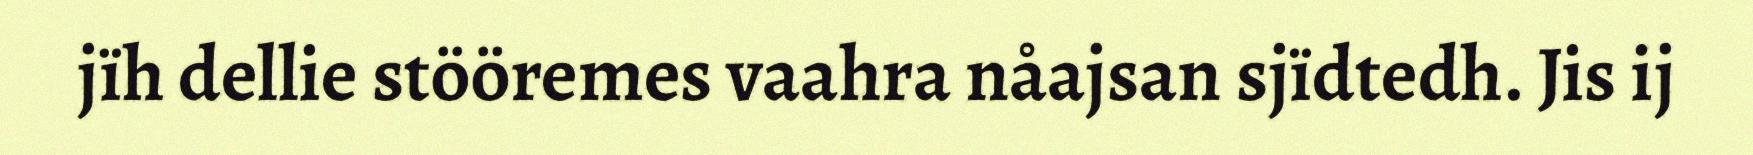
jïh dellie stööremes vaahra nåajsan sjïdtedh. Jis ij